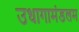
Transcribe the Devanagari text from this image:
उधागामंडलम